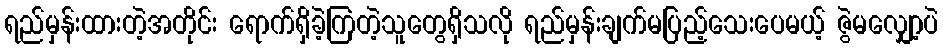
ရည်မှန်းထားတဲ့အတိုင်း ရောက်ရှိခဲ့ကြတဲ့သူတွေရှိသလို ရည်မှန်းချက်မပြည့်သေးပေမယ့် ဇွဲမလျှော့ပဲ